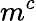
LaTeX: m^{c}